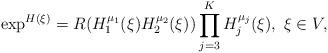
LaTeX: \begin{align*} \exp^{H(\xi)} = R(H_1^{\mu_1}(\xi) H_2^{\mu_2}(\xi)) \prod_{j=3}^K H_j^{\mu_j}(\xi), \ \xi\in V, \end{align*}